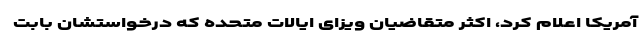
آمریکا اعلام کرد، اکثر متقاضیان ویزای ایالات متحده که درخواستشان بابت